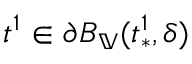
t ^ { 1 } \in \partial B _ { \mathbb { V } } ( t _ { * } ^ { 1 } , \delta )